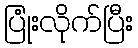
ပြုံးလိုက်ပြီး